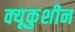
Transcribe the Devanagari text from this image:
क्यूकुशीन